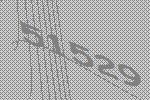
51529